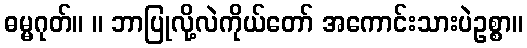
ဓမ္မဂုတ်။ ။ ဘာပြုလို့လဲကိုယ်တော် အကောင်းသားပဲဥစ္စာ။